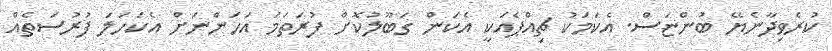
ކުރެވިދާނެޔޭ ބުންޏަސް. އެކަމަކު ޗިއްޕެއަކީ އެކަން ގަބޫލުކޮށް ފުރަތަމަ އަހަންނަށް އެކަހަލަ ފުރުސަތެއް